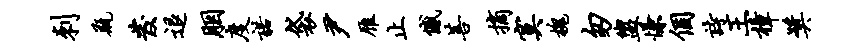
刺瓶发退胭度诺袋尹雁止憾菩摘寞槐匆盥慊个诗王樟奖